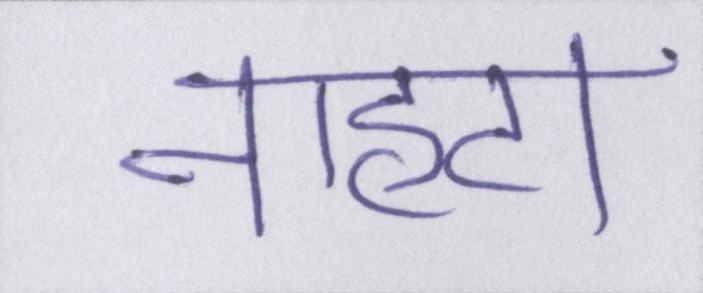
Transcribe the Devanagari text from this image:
नाहटा